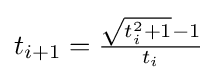
{\textstyle t_{i+1}={\frac {{\sqrt {t_{i}^{2}+1}}-1}{t_{i}}}}